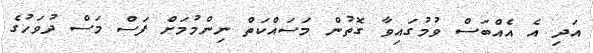
އަދި އެ އެއްބަސް ވުމުގައިވާ ގޮތުން މަސައްކަތް ނިންމުމަށް ފަސް މަސް ދުވަހުގެ